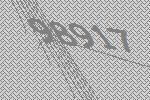
98917